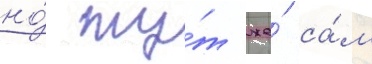
но́ ту́т же́ са́м